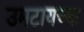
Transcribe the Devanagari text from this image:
उमटायच्या